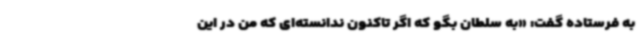
به فرستاده گفت: «به سلطان بگو که اگر تاکنون ندانسته‌ای که من در این